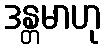
ဒန္တမာဟု